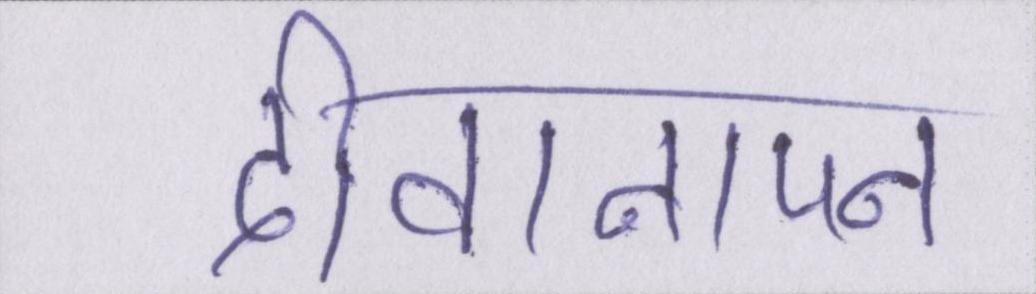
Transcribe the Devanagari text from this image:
दीवानापन